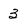
Character: 3